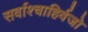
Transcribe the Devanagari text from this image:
सर्वाश्चाहिर्वजो